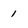
Character: 1